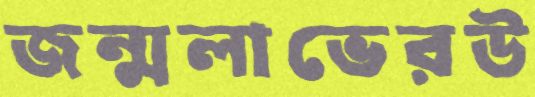
জন্মলাভেরউ